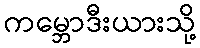
ကမ္ဘောဒီးယားသို့